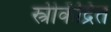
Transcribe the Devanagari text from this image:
स्त्रीकेंद्रित